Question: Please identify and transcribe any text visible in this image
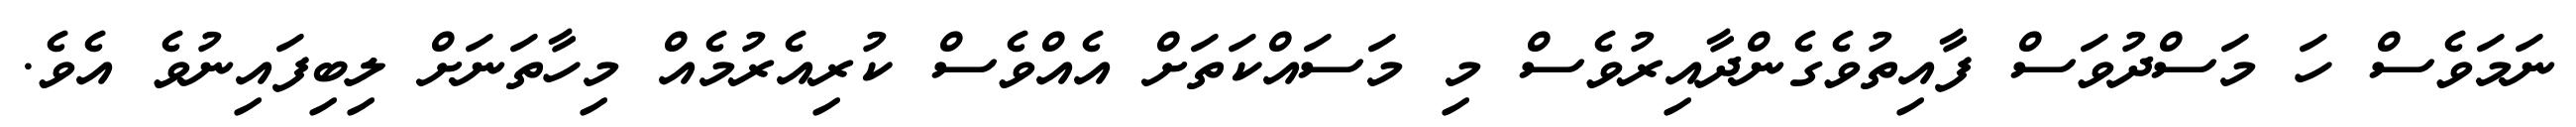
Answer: ނަމަވެސް ހަ މަސްދުވަސް ފާއިތުވެގެންދާއިރުވެސް މި މަސައްކަތަށް އެއްވެސް ކުރިއެރުމެއް މިހާތަނަށް ލިބިފައިނުވެ އެވެ.